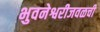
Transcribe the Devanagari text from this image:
भुवनेश्वरीजवळची